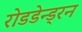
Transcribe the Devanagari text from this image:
रोडडेन्ड्रन